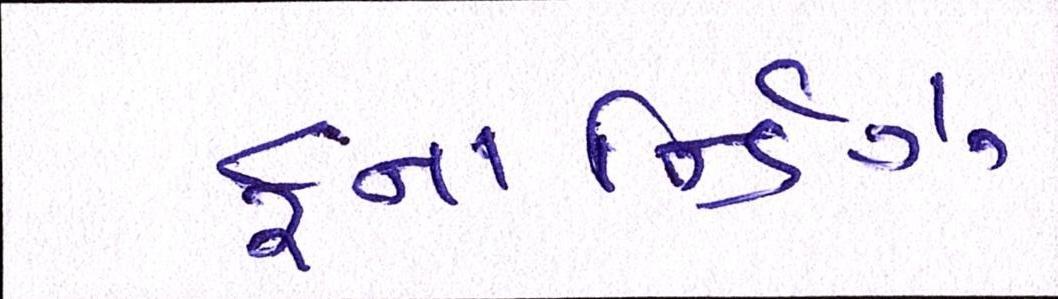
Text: ફનાર્ન્ડિઝ